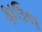
ફાઉલ